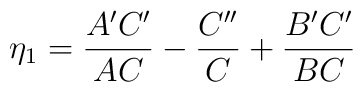
\eta_{1}={{A^{\prime}C^{\prime}}\over {AC}}-{{C^{\prime\prime}}\over{C}}+{{B^{\prime}C^{\prime}}\over {BC}}